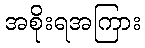
အစိုးရအကြား